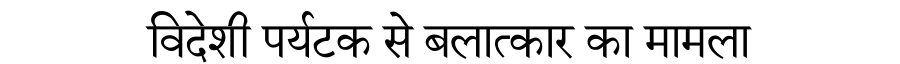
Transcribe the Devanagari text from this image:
विदेशी पर्यटक से बलात्कार का मामला